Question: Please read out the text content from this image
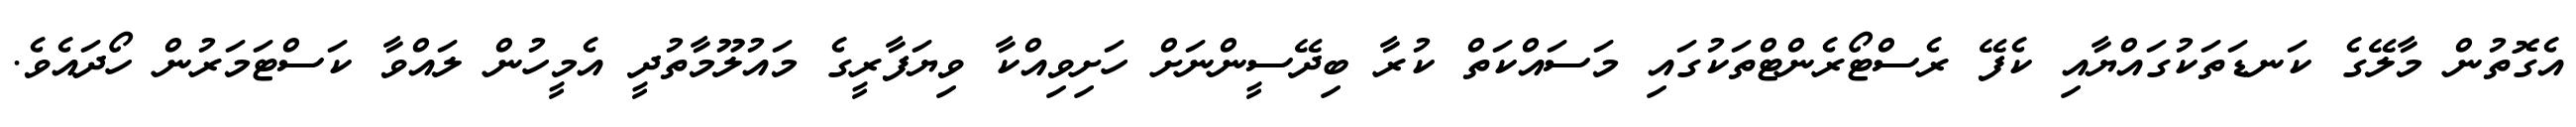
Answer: އެގޮތުން މާލޭގެ ކަނޑަތަކުގައްޔާއި ކެފޭ ރެސްޓޯރެންޓްތަކުގައި މަސައްކަތް ކުރާ ބިދޭސީންނަށް ހަށިވިއްކާ ވިޔަފާރީގެ މައުލޫމާތުދީ އެމީހުން ލައްވާ ކަސްޓަމަރުން ހޯދައެވެ.